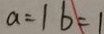
a = 1 b = 1